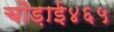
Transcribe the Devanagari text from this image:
चौड़ाई४६५